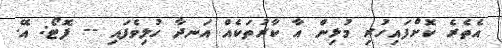
އެތެރެ ކޮށްފައިހުރި މުޅިން އާ ކާރުތަކެއް އަނދާ ހުލިވެފައި -- ފޮޓޯ: އޭ.